Report on sanitation, dispensaries, and jails in Rajputana for 1920, and on vaccination for the year 1920-1921 - 1920-1921
Year: 1920
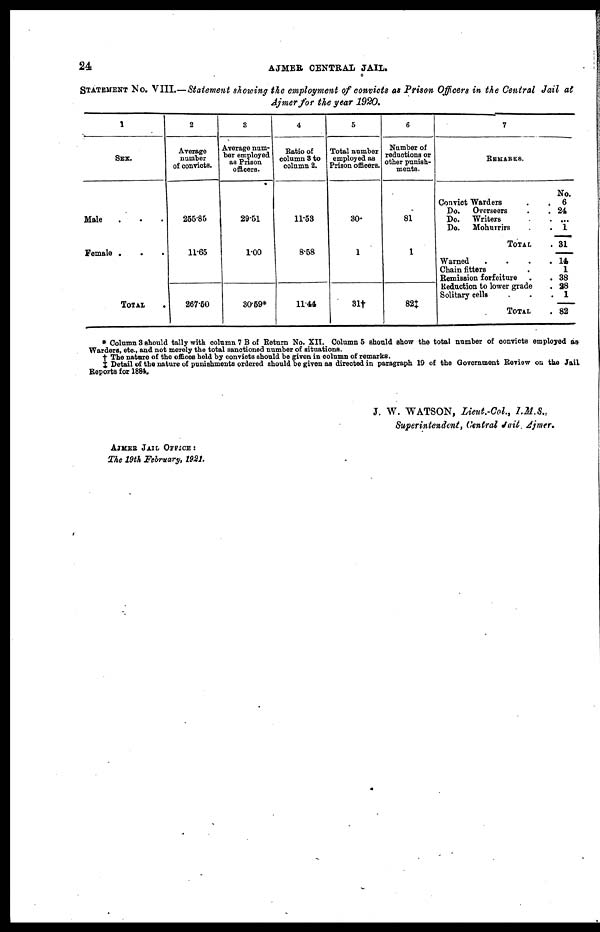
24
AJMER CENTRAL JAIL.
STATEMENT No. VIII.—Statement showing the employment of convicts as Prison Officers in the Central Jail at
Ajmer for the year 1920.
1
SEX.
Male . . .
Female
.
.
.
TOTAL .
2
Average
number
of convicts.
255.85
11.65
267.50
3
Average num-
ber employed
as Prison
officers.
29.51
1.00
30.59*
4
Ratio of
column 3 to
column 2.
11.53
8.58
11.44
5
Total number
employed as
Prison officers.
30.
1
31†
6
Number of
reductions or
other punish-
ments.
81
1
82‡
7
REMARKS.
Convict Warders . .
Do. Overseers . .
Do. Writers . .
Do. Mohurrirs . .
TOTAL .
Warned
.
.
.
.
Chain fitters . .
Remission forfeiture . .
Reduction to lower grade .
Solitary cells . .
TOTAL .
No.
6
24
...
1
31
14
1
38
28
1
82
* Column 3 should tally with column 7 B of Return No. XII. Column 5 should show the total number of convicts employed as
Warders, etc., and not merely the total sanctioned number of situations.
† The nature of the offices held by convicts should be given in column of remarks.
‡ Detail of the nature of punishments ordered should be given as directed in paragraph 19 of the Government Review on the Jail
Reports for 1884.
AJMER JAIL OFFICE :
The 19th February, 1921.
J. W. WATSON, Lieut.-Col., I.M.S.,
Superintendent, Central Jail, Ajmer.